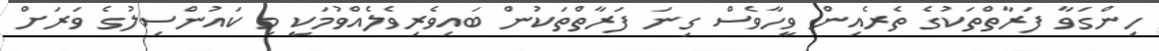
ހިންގަވާ ފަރާތްތަކުގެ ތެރެއިން ވީހާވެސް ގިނަ ފަރާތްތަކުން ބައިވެރިވެލެއްވުމަކީ މި ކައުންސިލުގެ ވަރަށް